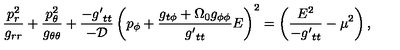
\frac { p _ { r } ^ { 2 } } { g _ { r r } } + \frac { p _ { \theta } ^ { 2 } } { g _ { \theta \theta } } + \frac { - { g ^ { \prime } } _ { t t } } { - \cal D } \left( p _ { \phi } + \frac { g _ { t \phi } + \Omega _ { 0 } g _ { \phi \phi } } { { g ^ { \prime } } _ { t t } } E \right) ^ { 2 } = \left( \frac { E ^ { 2 } } { - { g ^ { \prime } } _ { t t } } - \mu ^ { 2 } \right) ,